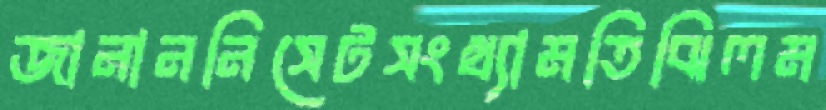
জানাননিসেটসংখ্যামতিঝিলম